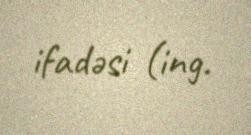
ifadəsi (ing.